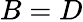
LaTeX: B=D